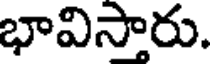
భావిస్తారు.